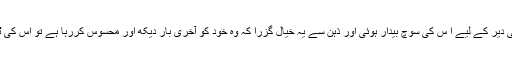
پلک جھپکنے جتنی دیر کے لیے ا س کی سوچ بیدار ہوئی اور ذہن سے یہ خیال گزرا کہ وہ خود کو آخری بار دیکھ اور محسوس کررہا ہے تو اس کی ٹانگیں کانپ اٹھیں۔